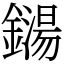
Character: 鐋